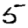
Digit: 5